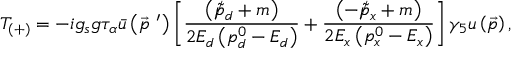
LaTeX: T _ { \left( + \right) } = - i g _ { s } g \tau _ { \alpha } \bar { u } \left( \vec { p } ^ { \ \prime } \right) \left[ \frac { \left( \rlap / \tilde { p } _ { d } + m \right) } { 2 E _ { d } \left( p _ { d } ^ { 0 } - E _ { d } \right) } + \frac { \left( - \rlap / \tilde { p } _ { x } + m \right) } { 2 E _ { x } \left( p _ { x } ^ { 0 } - E _ { x } \right) } \right] \gamma _ { 5 } u \left( \vec { p } \right) ,